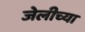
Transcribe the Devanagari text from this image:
जेलीच्या